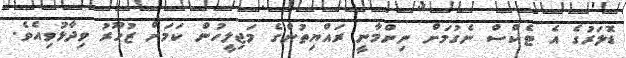
ޑޮލަރުގެ އެ ޓެކްސް ނެގުމަށް ނިންމާނީ ރައްޔިތުންގެ މަޖިލީހުން ކަމަށް ޒުހޫރު ވިދާޅުވިއެވެ.